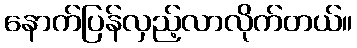
နောက်ပြန်လှည့်လာလိုက်တယ်။